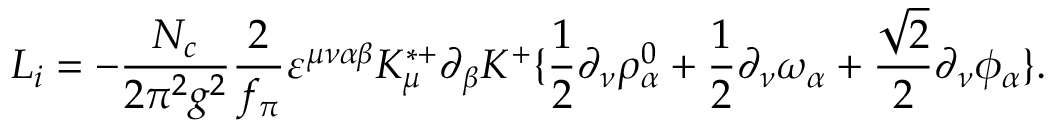
{ \cal L } _ { i } = - \frac { N _ { c } } { 2 \pi ^ { 2 } g ^ { 2 } } { \frac { 2 } { f _ { \pi } } } \varepsilon ^ { \mu \nu \alpha \beta } K _ { \mu } ^ { * + } \partial _ { \beta } K ^ { + } \{ { \frac { 1 } { 2 } } \partial _ { \nu } \rho _ { \alpha } ^ { 0 } + { \frac { 1 } { 2 } } \partial _ { \nu } \omega _ { \alpha } + { \frac { \sqrt { 2 } } { 2 } } \partial _ { \nu } \phi _ { \alpha } \} .